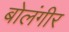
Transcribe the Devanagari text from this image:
बोलंगीर